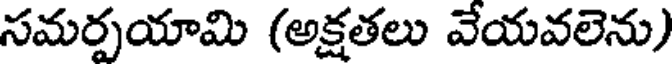
సమర్పయామి (అక్షతలు వేయవలెను)